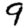
Digit: 9